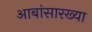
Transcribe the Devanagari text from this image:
आबांसारख्या